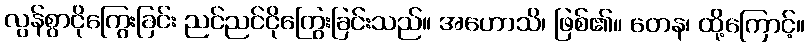
လွန်စွာငိုကြွေးခြင်း ညင်ညင်ငိုကြွေးခြင်းသည်။ အဟောသိ၊ ဖြစ်၏။ တေန၊ ထို့ကြောင့်။